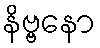
နိဗ္ဗနော